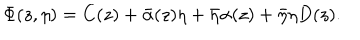
LaTeX: \Phi ( z , \eta ) = C ( z ) + \bar { \alpha } ( z ) \eta + \bar { \eta } \alpha ( z ) + \bar { \eta } \eta D ( z ) .